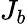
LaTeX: J_{b}